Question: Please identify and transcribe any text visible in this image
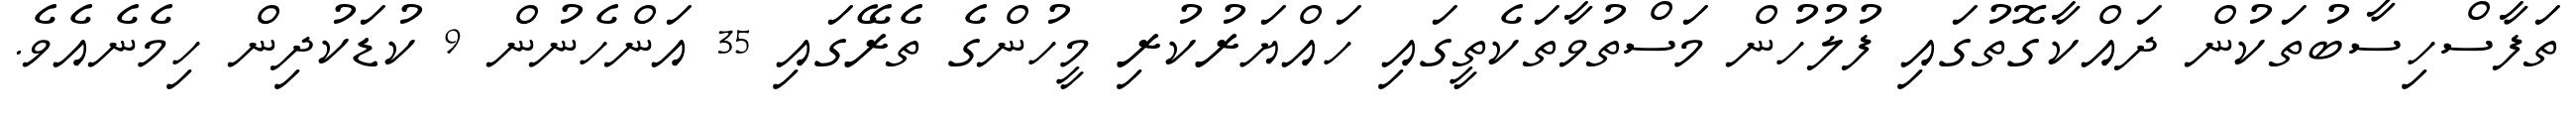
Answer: ތަފާސްހިސާބުތަކުން ދައްކާގޮތުގައި ފުލުހުން މަސްތުވާތަކެތީގައި ހައްޔަރުކުރި މީހުންގެ ތެރޭގައި 35 އަންހެނުން 9 ކުޑަކުދިން ހިމެނެއެވެ.